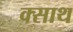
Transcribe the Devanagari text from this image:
क्साथ